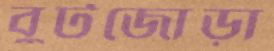
বুটজোড়া